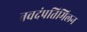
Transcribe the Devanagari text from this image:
नवदंपतिमिलन